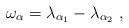
LaTeX: \begin{align*}\omega_{\alpha} = \lambda_{\alpha_1} - \lambda_{\alpha_2}\ ,\end{align*}